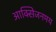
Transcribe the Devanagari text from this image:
आक्सिजनमय